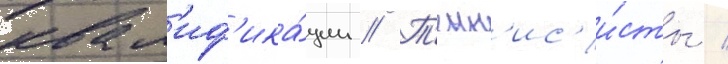
квал'иф'ика́ции // Т'енн'ис'и́сты /